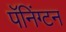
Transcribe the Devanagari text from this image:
पॅनिंग्टन